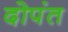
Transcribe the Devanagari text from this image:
दोपंत